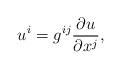
LaTeX: \begin{align*} u^i=g^{ij}\frac{\partial u}{\partial x^j}, \end{align*}